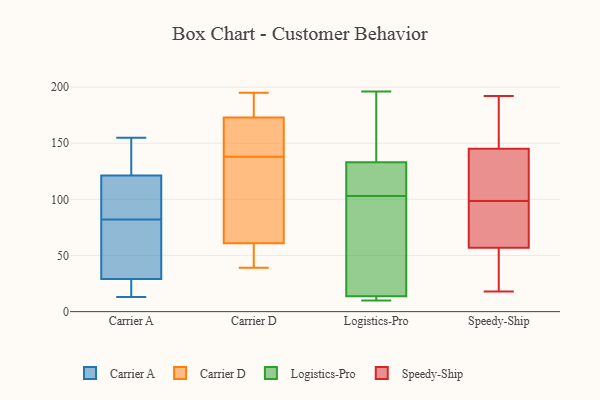
{"axis": {"x": "Population (Million)", "y": "Value"}, "legend": ["Carrier A", "Carrier D", "Logistics-Pro", "Speedy-Ship"], "data": [{"x": "", "y": 17, "type": "Carrier A"}, {"x": "", "y": 53, "type": "Carrier A"}, {"x": "", "y": 56, "type": "Carrier A"}, {"x": "", "y": 126, "type": "Carrier A"}, {"x": "", "y": 129, "type": "Carrier A"}, {"x": "", "y": 93, "type": "Carrier A"}, {"x": "", "y": 155, "type": "Carrier A"}, {"x": "", "y": 145, "type": "Carrier A"}, {"x": "", "y": 13, "type": "Carrier A"}, {"x": "", "y": 81, "type": "Carrier A"}, {"x": "", "y": 103, "type": "Carrier A"}, {"x": "", "y": 82, "type": "Carrier A"}, {"x": "", "y": 16, "type": "Carrier A"}, {"x": "", "y": 107, "type": "Carrier A"}, {"x": "", "y": 21, "type": "Carrier A"}, {"x": "", "y": 61, "type": "Carrier D"}, {"x": "", "y": 39, "type": "Carrier D"}, {"x": "", "y": 163, "type": "Carrier D"}, {"x": "", "y": 173, "type": "Carrier D"}, {"x": "", "y": 54, "type": "Carrier D"}, {"x": "", "y": 106, "type": "Carrier D"}, {"x": "", "y": 142, "type": "Carrier D"}, {"x": "", "y": 191, "type": "Carrier D"}, {"x": "", "y": 134, "type": "Carrier D"}, {"x": "", "y": 195, "type": "Carrier D"}, {"x": "", "y": 113, "type": "Logistics-Pro"}, {"x": "", "y": 13, "type": "Logistics-Pro"}, {"x": "", "y": 16, "type": "Logistics-Pro"}, {"x": "", "y": 10, "type": "Logistics-Pro"}, {"x": "", "y": 196, "type": "Logistics-Pro"}, {"x": "", "y": 187, "type": "Logistics-Pro"}, {"x": "", "y": 10, "type": "Logistics-Pro"}, {"x": "", "y": 118, "type": "Logistics-Pro"}, {"x": "", "y": 138, "type": "Logistics-Pro"}, {"x": "", "y": 103, "type": "Logistics-Pro"}, {"x": "", "y": 87, "type": "Logistics-Pro"}, {"x": "", "y": 73, "type": "Speedy-Ship"}, {"x": "", "y": 71, "type": "Speedy-Ship"}, {"x": "", "y": 30, "type": "Speedy-Ship"}, {"x": "", "y": 18, "type": "Speedy-Ship"}, {"x": "", "y": 139, "type": "Speedy-Ship"}, {"x": "", "y": 109, "type": "Speedy-Ship"}, {"x": "", "y": 192, "type": "Speedy-Ship"}, {"x": "", "y": 43, "type": "Speedy-Ship"}, {"x": "", "y": 145, "type": "Speedy-Ship"}, {"x": "", "y": 150, "type": "Speedy-Ship"}, {"x": "", "y": 88, "type": "Speedy-Ship"}, {"x": "", "y": 145, "type": "Speedy-Ship"}]}